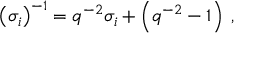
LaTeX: \left( \sigma _ { i } \right) ^ { - 1 } = q ^ { - 2 } \sigma _ { i } + \left( q ^ { - 2 } - 1 \right) \; ,